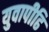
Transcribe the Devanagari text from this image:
युवापीढि